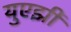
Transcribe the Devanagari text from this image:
युएझी